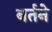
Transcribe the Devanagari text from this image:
बर्तने